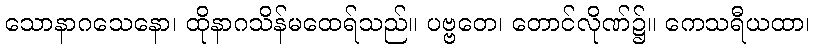
သောနာဂသေနော၊ ထိုနာဂသိန်မထေရ်သည်။ ပဗ္ဗတေ၊ တောင်လိုဏ်၌။ ကေသရီယထာ၊